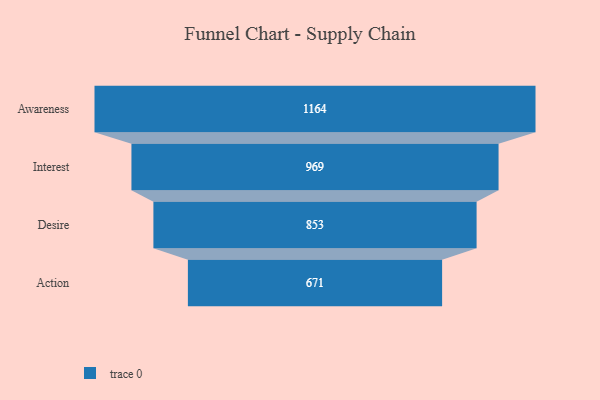
{"axis": {"x": "Stage", "y": "Value"}, "legend": [""], "data": [{"x": "Awareness", "y": 1164.0, "type": ""}, {"x": "Interest", "y": 969.0, "type": ""}, {"x": "Desire", "y": 853.0, "type": ""}, {"x": "Action", "y": 671.0, "type": ""}]}